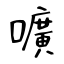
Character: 嚝